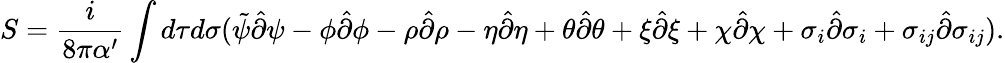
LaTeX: S=\frac{i}{8\pi\alpha^{\prime}}\int d\tau d\sigma(\tilde{\psi}\hat{\partial}\psi-\phi\hat{\partial}\phi-\rho\hat{\partial}\rho-\eta\hat{\partial}\eta+\theta\hat{\partial}\theta+\xi\hat{\partial}\xi+\chi\hat{\partial}\chi+\sigma_{i}\hat{\partial}\sigma_{i}+\sigma_{ij}\hat{\partial}\sigma_{ij}).